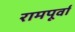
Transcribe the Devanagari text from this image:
रामपूर्वा